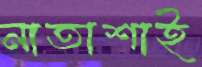
নাতাশাই